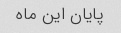
پایان این ماه